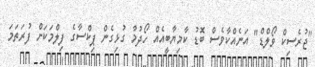
"ޖުރެސިކް ވޯލްޑް" އަނެއްކާވެސް ބޮޑު ކާމިޔާބީއެއް ހޯދުމާ ގުޅިގެން ޕިކްސާގެ ފިލްމަކަށް ފުރަތަމަ